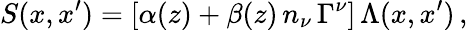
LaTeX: S(x,x^{\prime})=[\alpha(z)+\beta(z)\, n_{\nu}\, \Gamma^{\nu}]\, \Lambda(x,x^{\prime})\, ,